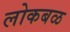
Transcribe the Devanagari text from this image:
लोकबळ